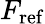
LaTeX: F_{\mathrm{ref}}